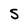
Character: S